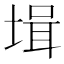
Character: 𡎎